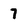
Character: 7